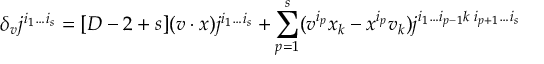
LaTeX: \widetilde Q ^ { a } ( \tau ) P _ { a } = e x p : - \int _ { x ( 0 ) } ^ { x ( \tau ) } \epsilon _ { b } ^ { a } \omega : Q _ { 0 } ^ { b } P _ { a }